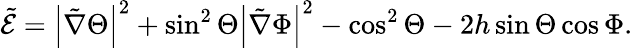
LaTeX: \tilde{\mathcal{E}}=\left|\tilde{\nabla}\Theta\right|^{2}+\sin^{2}\Theta\left|\tilde{\nabla}\Phi\right|^{2}-\cos^{2}\Theta-2h\sin\Theta\cos\Phi.